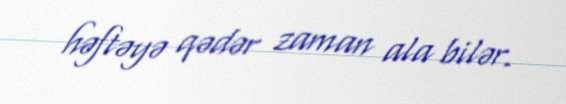
həftəyə qədər zaman ala bilər.